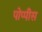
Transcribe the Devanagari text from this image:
पोप्पीेस